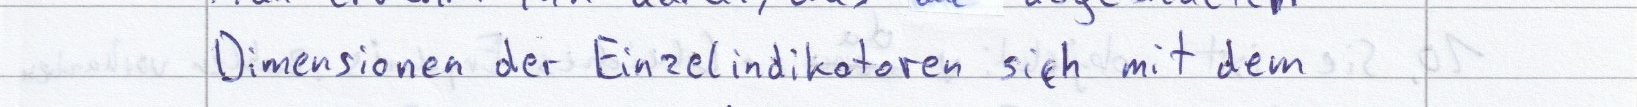
Dimensionen der Einzelindikatoren sich mit dem